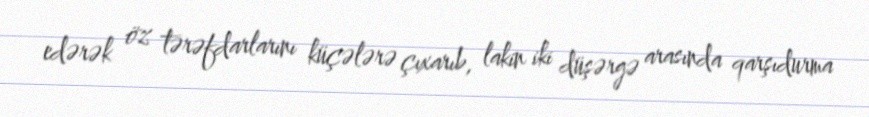
edərək öz tərəfdarlarını küçələrə çıxarıb, lakin iki düşərgə arasında qarşıdurma